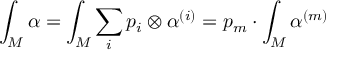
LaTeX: \int _ { M } \alpha = \int _ { M } \sum _ { i } p _ { i } \otimes \alpha ^ { ( i ) } = p _ { m } \cdot \int _ { M } \alpha ^ { ( m ) }